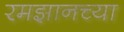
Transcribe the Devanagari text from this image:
रमझानच्या